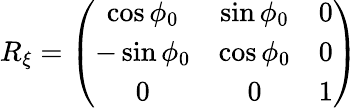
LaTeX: \begin{array}{r}{R_{\xi}=\left(\begin{array}{ccc}{\cos\phi_{0}}&{\sin\phi_{0}}&{0}\\ {-\sin\phi_{0}}&{\cos\phi_{0}}&{0}\\ {0}&{0}&{1}\end{array}\right)}\end{array}